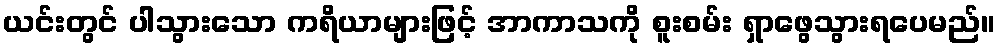
ယင်းတွင် ပါသွားသော ကရိယာများဖြင့် အာကာသကို စူးစမ်း ရှာဖွေသွားရပေမည်။